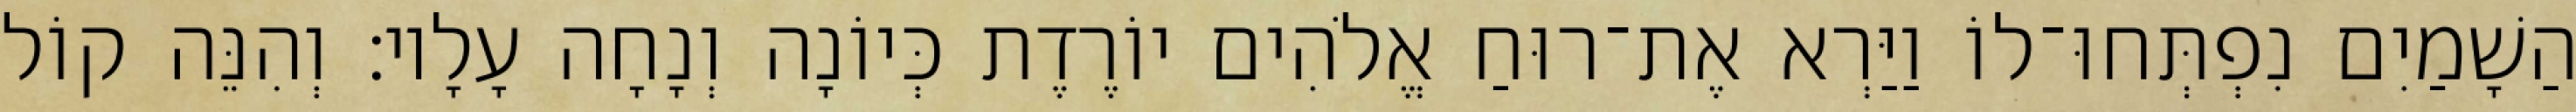
הַשָׁמַיִם נִפְתְּחוּ־לוֹ וַיַּרְא אֶת־רוּחַ אֱלֹהִים יוֹרֶדֶת כְּיוֹנָה וְנָחָה עָלָיו׃ וְהִנֵּה קוֹל